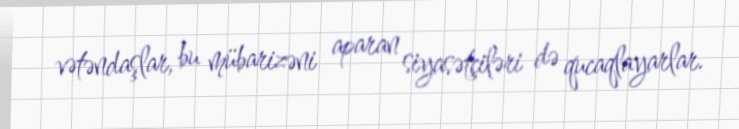
vətəndaşlar, bu mübarizəni aparan siyasətçiləri də qucaqlayarlar.